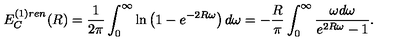
E _ { C } ^ { ( 1 ) r e n } ( R ) = \frac { 1 } { 2 \pi } \int _ { 0 } ^ { \infty } \ln \left( 1 - e ^ { - 2 R \omega } \right) d \omega = - \frac { R } { \pi } \int _ { 0 } ^ { \infty } \frac { \omega d \omega } { e ^ { 2 R \omega } - 1 } .